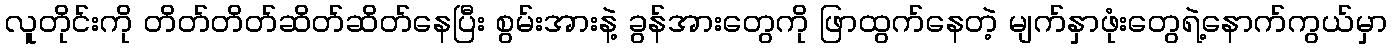
လူတိုင်းကို တိတ်တိတ်ဆိတ်ဆိတ်နေပြီး စွမ်းအားနဲ့ ခွန်အားတွေကို ဖြာထွက်နေတဲ့ မျက်နှာဖုံးတွေရဲ့နောက်ကွယ်မှာ